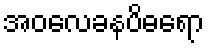
အဝလေခနပိဓရော